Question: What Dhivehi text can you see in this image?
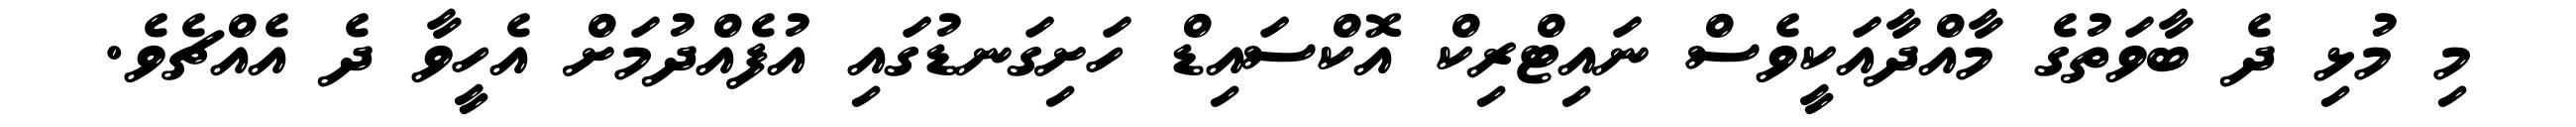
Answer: މި މުޅި ދެ ބާވަތުގެ މާއްދާއަކީވެސް ނައިޓްރިކް އޮކްސައިޑް ހަށިގަނޑުގައި އުފެއްދުމަށް އެހީވާ ދެ އެއްޗެވެ.